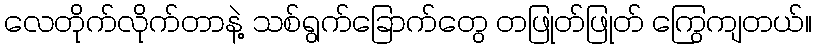
လေတိုက်လိုက်တာနဲ့ သစ်ရွက်ခြောက်တွေ တဖြုတ်ဖြုတ် ကြွေကျတယ်။